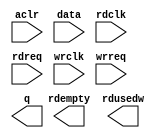
// megafunction wizard: %FIFO%VBB%
// GENERATION: STANDARD
// VERSION: WM1.0
// MODULE: dcfifo 

// ============================================================
// Megafunction Name(s):
// 			dcfifo
//
// Simulation Library Files(s):
// 			altera_mf
// ============================================================
// ************************************************************
// THIS IS A WIZARD-GENERATED FILE. DO NOT EDIT THIS FILE!
//
// 9.0 Build 132 02/25/2009 SJ Full Version
// ************************************************************

//Copyright (C) 1991-2009 Altera Corporation
//Your use of Altera Corporation's design tools, logic functions 
//and other software and tools, and its AMPP partner logic 
//functions, and any output files from any of the foregoing 
//(including device programming or simulation files), and any 
//associated documentation or information are expressly subject 
//to the terms and conditions of the Altera Program License 
//Subscription Agreement, Altera MegaCore Function License 
//Agreement, or other applicable license agreement, including, 
//without limitation, that your use is for the sole purpose of 
//programming logic devices manufactured by Altera and sold by 
//Altera or its authorized distributors.  Please refer to the 
//applicable agreement for further details.

module fifo32 (
	aclr,
	data,
	rdclk,
	rdreq,
	wrclk,
	wrreq,
	q,
	rdempty,
	rdusedw);

	input	  aclr;
	input	[31:0]  data;
	input	  rdclk;
	input	  rdreq;
	input	  wrclk;
	input	  wrreq;
	output	[31:0]  q;
	output	  rdempty;
	output	[3:0]  rdusedw;
`ifndef ALTERA_RESERVED_QIS
// synopsys translate_off
`endif
	tri0	  aclr;
`ifndef ALTERA_RESERVED_QIS
// synopsys translate_on
`endif

endmodule

// ============================================================
// CNX file retrieval info
// ============================================================
// Retrieval info: PRIVATE: AlmostEmpty NUMERIC "0"
// Retrieval info: PRIVATE: AlmostEmptyThr NUMERIC "-1"
// Retrieval info: PRIVATE: AlmostFull NUMERIC "0"
// Retrieval info: PRIVATE: AlmostFullThr NUMERIC "-1"
// Retrieval info: PRIVATE: CLOCKS_ARE_SYNCHRONIZED NUMERIC "0"
// Retrieval info: PRIVATE: Clock NUMERIC "4"
// Retrieval info: PRIVATE: Depth NUMERIC "16"
// Retrieval info: PRIVATE: Empty NUMERIC "1"
// Retrieval info: PRIVATE: Full NUMERIC "1"
// Retrieval info: PRIVATE: INTENDED_DEVICE_FAMILY STRING "Cyclone III"
// Retrieval info: PRIVATE: LE_BasedFIFO NUMERIC "0"
// Retrieval info: PRIVATE: LegacyRREQ NUMERIC "0"
// Retrieval info: PRIVATE: MAX_DEPTH_BY_9 NUMERIC "0"
// Retrieval info: PRIVATE: OVERFLOW_CHECKING NUMERIC "0"
// Retrieval info: PRIVATE: Optimize NUMERIC "1"
// Retrieval info: PRIVATE: RAM_BLOCK_TYPE NUMERIC "0"
// Retrieval info: PRIVATE: SYNTH_WRAPPER_GEN_POSTFIX STRING "0"
// Retrieval info: PRIVATE: UNDERFLOW_CHECKING NUMERIC "0"
// Retrieval info: PRIVATE: UsedW NUMERIC "1"
// Retrieval info: PRIVATE: Width NUMERIC "32"
// Retrieval info: PRIVATE: dc_aclr NUMERIC "1"
// Retrieval info: PRIVATE: diff_widths NUMERIC "0"
// Retrieval info: PRIVATE: msb_usedw NUMERIC "0"
// Retrieval info: PRIVATE: output_width NUMERIC "32"
// Retrieval info: PRIVATE: rsEmpty NUMERIC "1"
// Retrieval info: PRIVATE: rsFull NUMERIC "0"
// Retrieval info: PRIVATE: rsUsedW NUMERIC "1"
// Retrieval info: PRIVATE: sc_aclr NUMERIC "0"
// Retrieval info: PRIVATE: sc_sclr NUMERIC "0"
// Retrieval info: PRIVATE: wsEmpty NUMERIC "0"
// Retrieval info: PRIVATE: wsFull NUMERIC "0"
// Retrieval info: PRIVATE: wsUsedW NUMERIC "0"
// Retrieval info: CONSTANT: INTENDED_DEVICE_FAMILY STRING "Cyclone III"
// Retrieval info: CONSTANT: LPM_NUMWORDS NUMERIC "16"
// Retrieval info: CONSTANT: LPM_SHOWAHEAD STRING "ON"
// Retrieval info: CONSTANT: LPM_TYPE STRING "dcfifo"
// Retrieval info: CONSTANT: LPM_WIDTH NUMERIC "32"
// Retrieval info: CONSTANT: LPM_WIDTHU NUMERIC "4"
// Retrieval info: CONSTANT: OVERFLOW_CHECKING STRING "ON"
// Retrieval info: CONSTANT: RDSYNC_DELAYPIPE NUMERIC "5"
// Retrieval info: CONSTANT: UNDERFLOW_CHECKING STRING "ON"
// Retrieval info: CONSTANT: USE_EAB STRING "ON"
// Retrieval info: CONSTANT: WRITE_ACLR_SYNCH STRING "ON"
// Retrieval info: CONSTANT: WRSYNC_DELAYPIPE NUMERIC "5"
// Retrieval info: USED_PORT: aclr 0 0 0 0 INPUT GND aclr
// Retrieval info: USED_PORT: data 0 0 32 0 INPUT NODEFVAL data[31..0]
// Retrieval info: USED_PORT: q 0 0 32 0 OUTPUT NODEFVAL q[31..0]
// Retrieval info: USED_PORT: rdclk 0 0 0 0 INPUT NODEFVAL rdclk
// Retrieval info: USED_PORT: rdempty 0 0 0 0 OUTPUT NODEFVAL rdempty
// Retrieval info: USED_PORT: rdreq 0 0 0 0 INPUT NODEFVAL rdreq
// Retrieval info: USED_PORT: rdusedw 0 0 4 0 OUTPUT NODEFVAL rdusedw[3..0]
// Retrieval info: USED_PORT: wrclk 0 0 0 0 INPUT NODEFVAL wrclk
// Retrieval info: USED_PORT: wrreq 0 0 0 0 INPUT NODEFVAL wrreq
// Retrieval info: CONNECT: @data 0 0 32 0 data 0 0 32 0
// Retrieval info: CONNECT: q 0 0 32 0 @q 0 0 32 0
// Retrieval info: CONNECT: @wrreq 0 0 0 0 wrreq 0 0 0 0
// Retrieval info: CONNECT: @rdreq 0 0 0 0 rdreq 0 0 0 0
// Retrieval info: CONNECT: @rdclk 0 0 0 0 rdclk 0 0 0 0
// Retrieval info: CONNECT: @wrclk 0 0 0 0 wrclk 0 0 0 0
// Retrieval info: CONNECT: rdempty 0 0 0 0 @rdempty 0 0 0 0
// Retrieval info: CONNECT: rdusedw 0 0 4 0 @rdusedw 0 0 4 0
// Retrieval info: CONNECT: @aclr 0 0 0 0 aclr 0 0 0 0
// Retrieval info: LIBRARY: altera_mf altera_mf.altera_mf_components.all
// Retrieval info: GEN_FILE: TYPE_NORMAL fifo32.v TRUE
// Retrieval info: GEN_FILE: TYPE_NORMAL fifo32.inc TRUE
// Retrieval info: GEN_FILE: TYPE_NORMAL fifo32.cmp FALSE
// Retrieval info: GEN_FILE: TYPE_NORMAL fifo32.bsf TRUE
// Retrieval info: GEN_FILE: TYPE_NORMAL fifo32_inst.v TRUE
// Retrieval info: GEN_FILE: TYPE_NORMAL fifo32_bb.v TRUE
// Retrieval info: GEN_FILE: TYPE_NORMAL fifo32_waveforms.html TRUE
// Retrieval info: GEN_FILE: TYPE_NORMAL fifo32_wave*.jpg FALSE
// Retrieval info: LIB_FILE: altera_mf